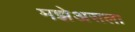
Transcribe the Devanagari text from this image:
मझेअसला